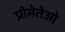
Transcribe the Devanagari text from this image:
प्रोमेतेओ